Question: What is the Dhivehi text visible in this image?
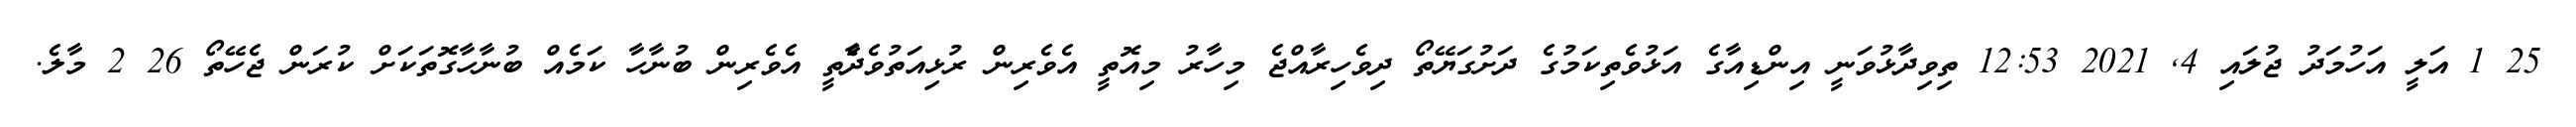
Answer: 25 1 އަލީ އަހުމަދު ޖުލައި 4, 2021 12:53 ތިވިދާޅުވަނީ އިންޑިއާގެ އަޅުވެތިކަމުގެ ދަށުގަޔޭތޯ ދިވެހިރާއްޖެ މިހާރު މިއޮތީ އެވެރިން ރުޅިއަތުވެދާެތީ އެވެރިން ބުނާހާ ކަމެއް ބުނާހާގޮތަކަށް ކުރަން ޖެހޭތޯ 26 2 މާލެ.